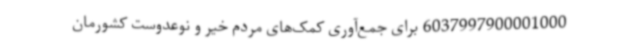
6037997900001000 برای جمع‌آوری کمک‌های مردم خیر و نوعدوست کشورمان